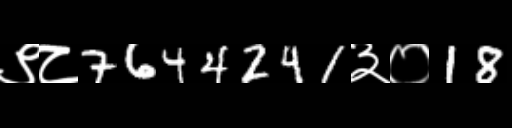
Text: ९८7644241३०18